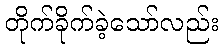
တိုက်ခိုက်ခဲ့သော်လည်း